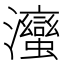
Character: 𭳹